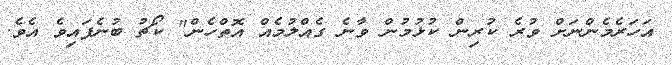
އަހަރެމެންނަށް ވުރެ ކުރިން ކުޅުމުން ވާނެ ގެއްލުމެއް އޮތްހެން" ކޯޗު ބުނެފައިވެ އެވެ.